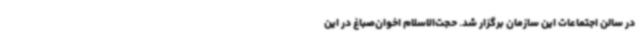
در سالن اجتماعات این سازمان برگزار شد. حجت‌الاسلام اخوان‌صباغ در این